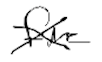
Text: fire
Cross-out: cross
Writing tool: digital_black